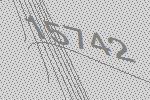
15742